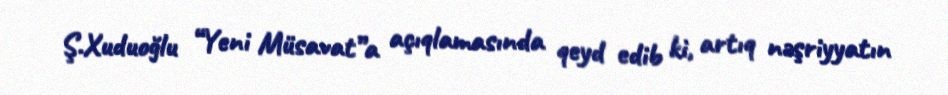
Ş.Xuduoğlu “Yeni Müsavat”a açıqlamasında qeyd edib ki, artıq nəşriyyatın